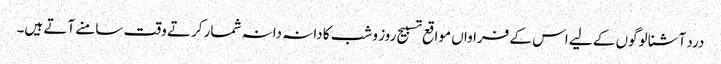
درد آشنا لوگوں کے لیے اس کے فراواں مواقع تسبیح روز و شب کا دانہ دانہ شمار کرتے وقت سامنے آتے ہیں۔